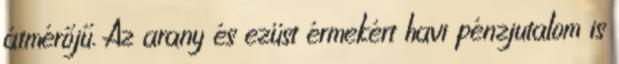
átmérőjű. Az arany és ezüst érmekért havi pénzjutalom is